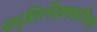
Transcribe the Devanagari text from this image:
स्मृतिर्लेखकरूपिणम